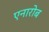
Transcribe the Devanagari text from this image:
एनारोब